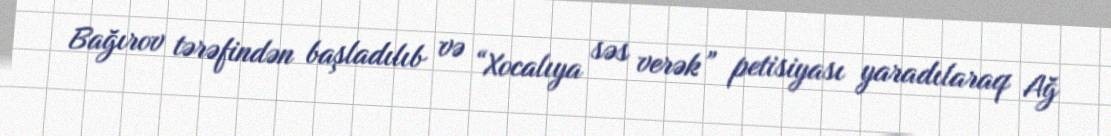
Bağırov tərəfindən başladılıb və “Xocalıya səs verək” petisiyası yaradılaraq Ağ